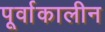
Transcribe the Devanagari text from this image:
पूर्वाकालीन